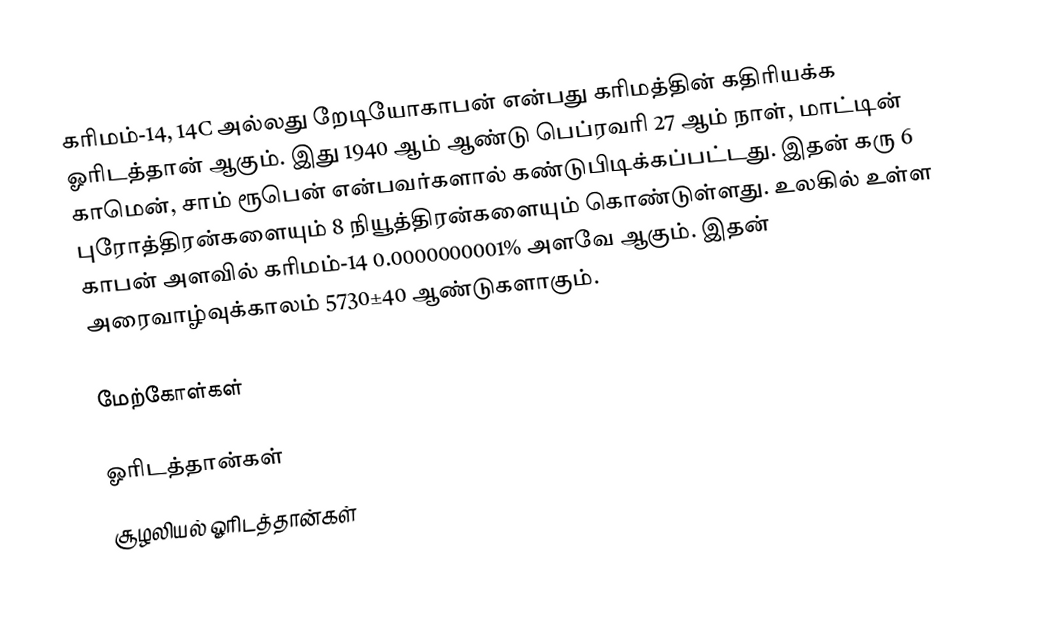
கரிமம்-14, 14C அல்லது றேடியோகாபன் என்பது கரிமத்தின் கதிரியக்க ஓரிடத்தான் ஆகும். இது 1940 ஆம் ஆண்டு பெப்ரவரி 27 ஆம் நாள், மாட்டின் காமென், சாம் ரூபென் என்பவர்களால் கண்டுபிடிக்கப்பட்டது. இதன் கரு 6 புரோத்திரன்களையும் 8 நியூத்திரன்களையும் கொண்டுள்ளது. உலகில் உள்ள காபன் அளவில் கரிமம்-14 0.0000000001% அளவே ஆகும். இதன் அரைவாழ்வுக்காலம் 5730±40 ஆண்டுகளாகும்.

மேற்கோள்கள்

ஓரிடத்தான்கள்
சூழலியல் ஓரிடத்தான்கள்